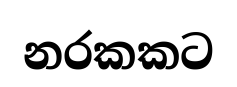
නරකකට